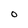
Character: O